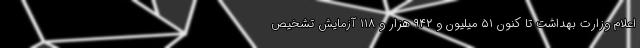
اعلام وزارت بهداشت تا کنون ۵۱ میلیون و ۹۴۲ هزار و ۱۱۸ آزمایش تشخیص